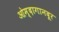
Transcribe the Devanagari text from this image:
ओम्दागानदूर